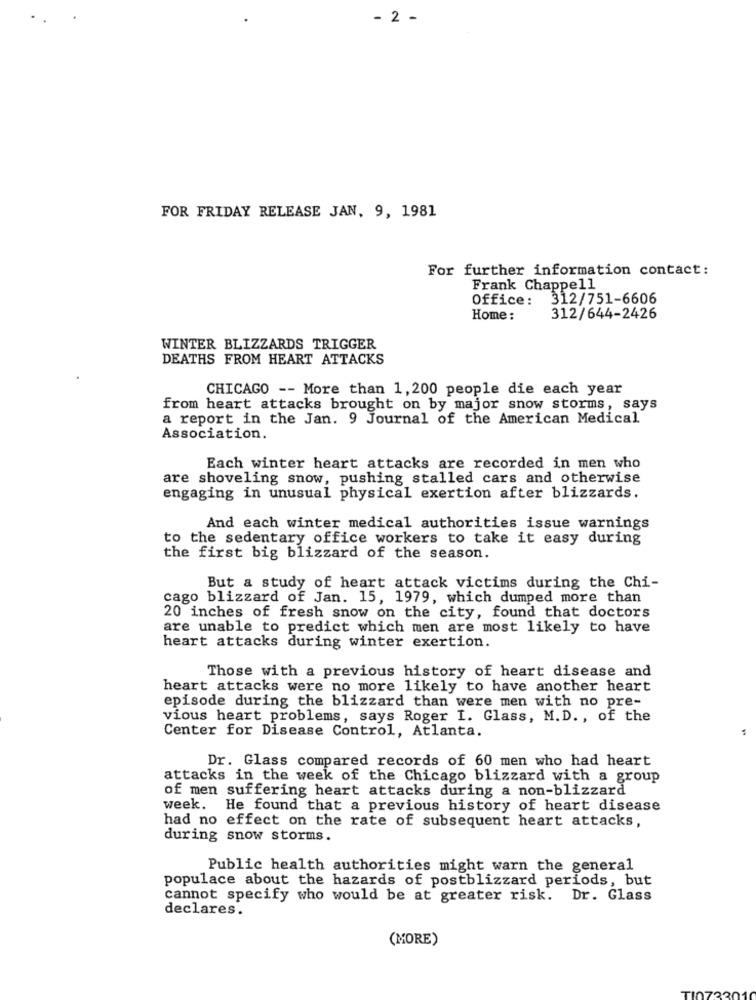
- 2 -
FOR FRIDAY RELEASE JAN, 9, 1981
For further information contact:
Frank Chappell
Office: 312/751-6606
Home:
312/644-2426
WINTER BLIZZARDS TRIGGER
DEATHS FROM HEART ATTACKS
CHICAGO -- More than 1,200 people die each year
from heart attacks brought on by major snow storms, says
a report in the Jan. 9 Journal of the American Medical
Association.
Each winter heart attacks are recorded in men who
are shoveling snow, pushing stalled cars and otherwise
engaging in unusual physical exertion after blizzards.
And each winter medical authorities issue warnings
to the sedentary office workers to take it easy during
the first big blizzard of the season.
But a study of heart attack victims during the Chi-
cago blizzard of Jan. 15, 1979, which dumped more than
20 inches of fresh snow on the city, found that doctors
are unable to predict which men are most likely to have
heart attacks during winter exertion.
Those with a previous history of heart disease and
heart attacks were no more likely to have another heart
episode during the blizzard than were men with no pre-
vious heart problems, says Roger I. Glass, M.D ., of the
Center for Disease Control, Atlanta.
Dr. Glass compared records of 60 men who had heart
attacks in the week of the Chicago blizzard with a group
of men suffering heart attacks during a non-blizzard
week. He found that a previous history of heart disease
had no effect on the rate of subsequent heart attacks,
during snow storms.
Public health authorities might warn the general
populace about the hazards of postblizzard periods, but
cannot specify who would be at greater risk. Dr. Glass
declares.
(MORE)